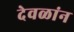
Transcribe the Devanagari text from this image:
देवळांन